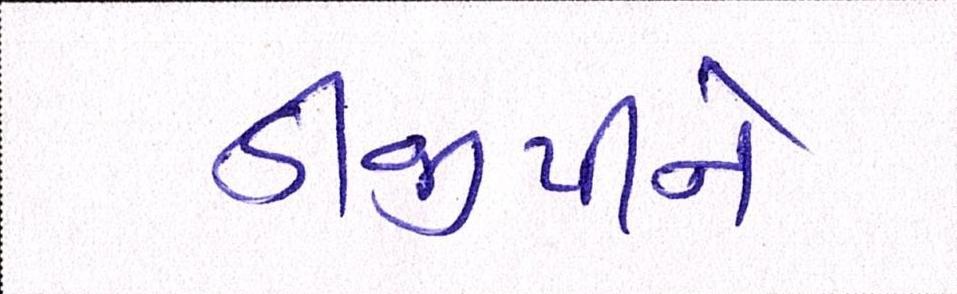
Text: ડીજીપીને